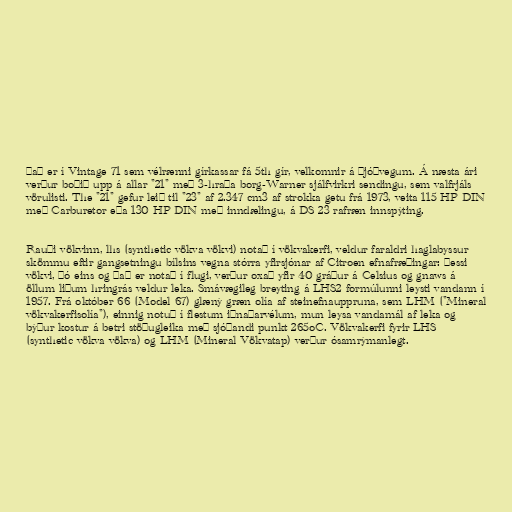
Það er í Vintage 71 sem vélrænni gírkassar fá 5th gír, velkomnir á þjóðvegum. Á næsta ári
verður boðið upp á allar "21" með 3-hraða borg-Warner sjálfvirkri sendingu, sem valfrjáls
vörulisti. The "21" gefur leið til "23" af 2.347 cm3 af strokka getu frá 1973, veita 115 HP DIN
með Carburetor eða 130 HP DIN með inndælingu, á DS 23 rafræn innspýting.

Rauði vökvinn, lhs (synthetic vökva vökvi) notað í vökvakerfi, veldur faraldri haglabyssur
skömmu eftir gangsetningu bílsins vegna stórra yfirsjónar af Citroen efnafræðingar: Þessi
vökvi, þó eins og það er notað í flugi, verður oxað yfir 40 gráður á Celsius og gnaws á
öllum liðum hringrás veldur leka. Smávægileg breyting á LHS2 formúlunni leysti vandann í
1957. Frá október 66 (Model 67) glæný græn olía af steinefnauppruna, sem LHM ("Mineral
vökvakerfisolía"), einnig notuð í flestum iðnaðarvélum, mun leysa vandamál af leka og
býður kostur á betri stöðugleika með sjóðandi punkt 265oC. Vökvakerfi fyrir LHS
(synthetic vökva vökva) og LHM (Mineral Vökvatap) verður ósamrýmanlegt.